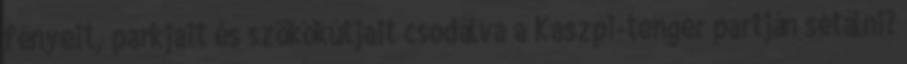
fényeit, parkjait és szökőkútjait csodálva a Kaszpi-tenger partján sétálni?